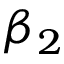
\beta _ { 2 }